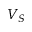
V _ { S }